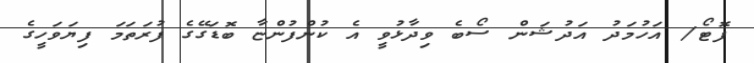
ފޮޓޯ/ އަހުމަދު އަދުޝަން ސޯބެ ވިދާޅުވީ އެ ކުންފުންޏާ ބޮޑަގޭގެ ފުރަތަމަ ފިޔަވަހީގެ